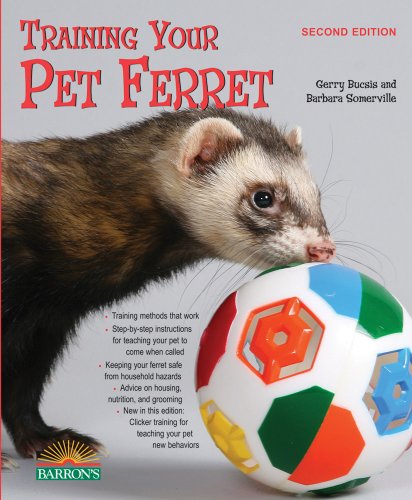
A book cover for Training Your Pet Ferret (Training Your Pet Series); Gerry Bucsis; Crafts, Hobbies & Home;